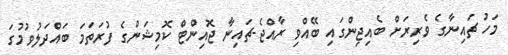
މަހު ޗައިނާގެ ވެރިރަށް ބެއިޖިންގައި ބޭއްވި ރާއްޖެ-ޗައިނާ ޖޮއިންޓް ކޮމިޝަންގެ ފުރަތަމަ ބައްދަލުވުމުގަ